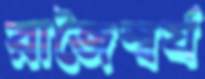
রাজৈশ্বর্য